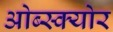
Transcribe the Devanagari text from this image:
ओब्स्क्योर